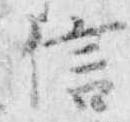
信